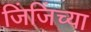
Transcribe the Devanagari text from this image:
जिंजिंच्या